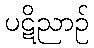
ပဋိညာဉ်